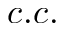
c . c .